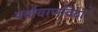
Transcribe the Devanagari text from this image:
पर्यावरणविदांे